Scottish Leaving Certificate Examination, 1958
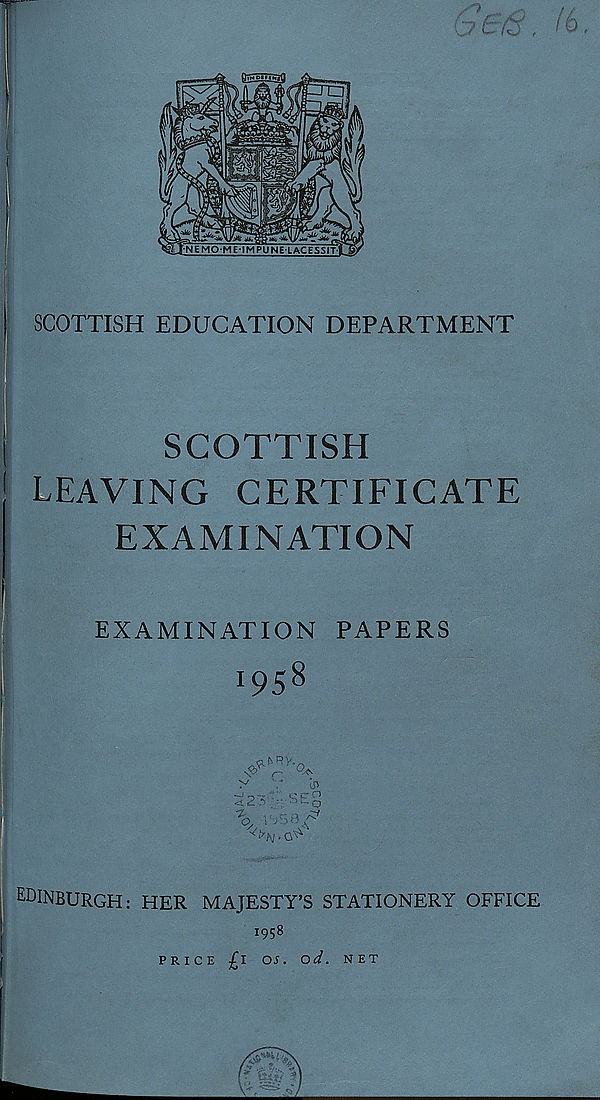
[
SCOTTISH
j LEAVING CERTIFICATE
EXAMINATION
EXAMINATION PAPERS
1958
sV
p O
< <1A . • ‘
^ o
EDINBURGH: HER MAJESTY’S STATIONERY OFFICE
1958
PRICE £1 OS. od. NET